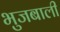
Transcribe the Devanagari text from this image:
भुजबाली